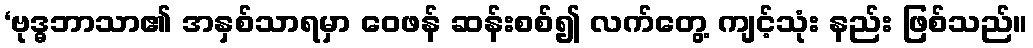
‘ဗုဒ္ဓဘာသာ၏ အနှစ်သာရမှာ ဝေဖန် ဆန်းစစ်၍ လက်တွေ့ ကျင့်သုံး နည်း ဖြစ်သည်။